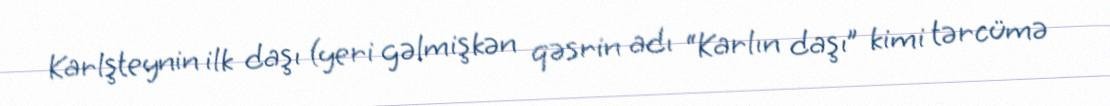
Karlşteynin ilk daşı (yeri gəlmişkən qəsrin adı “Karlın daşı” kimi tərcümə